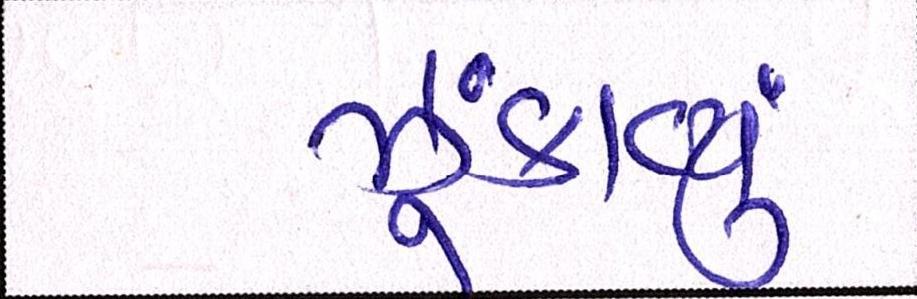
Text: ઝૂંકાવ્યું